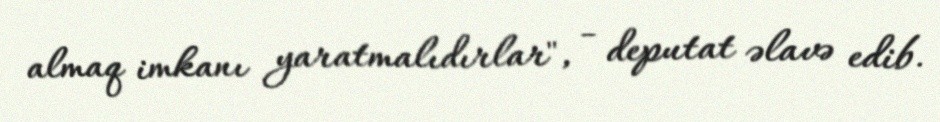
almaq imkanı yaratmalıdırlar", - deputat əlavə edib.